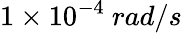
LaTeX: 1\times 10^{-4}\ rad/s